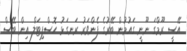
އޭސީ ރޫމްގަ ނޫނީ ގައުމުން ބޭރުގެ ފެންވަރު ރަނގަޅު ހޮސްޕިޓަލް އިން ބޭސް